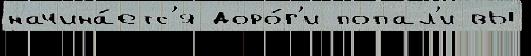
начина́етс'я доро́г'и попал'и вы